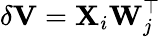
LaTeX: \delta\mathbf{V}=\mathbf{X}_{i}\mathbf{W}_{j}^{\top}